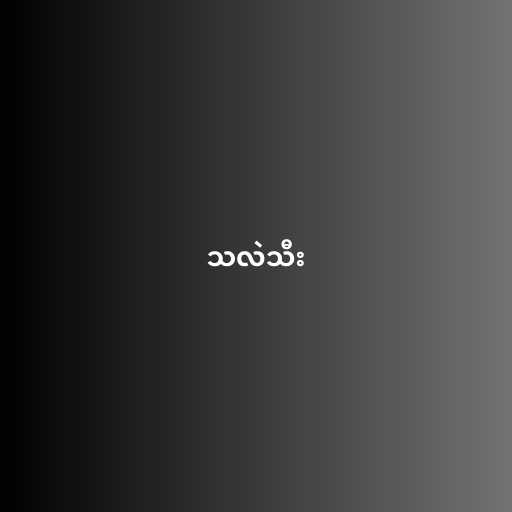
သလဲသီး